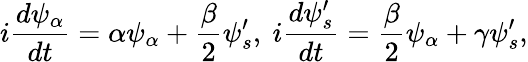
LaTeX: i{\frac{d\psi_{\alpha}}{dt}}=\alpha\psi_{\alpha}+{\frac{\beta}{2}}\psi_{s}^{\prime},\ i{\frac{d\psi_{s}^{\prime}}{dt}}={\frac{\beta}{2}}\psi_{\alpha}+\gamma\psi_{s}^{\prime},